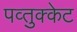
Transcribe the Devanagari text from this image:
पव्तुक्केट